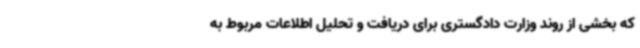
که بخشی از روند وزارت دادگستری برای دریافت و تحلیل اطلاعات مربوط به